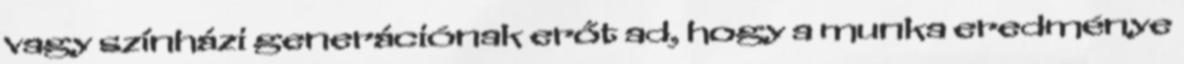
vagy színházi generációnak erőt ad, hogy a munka eredménye